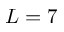
{ L = 7 }